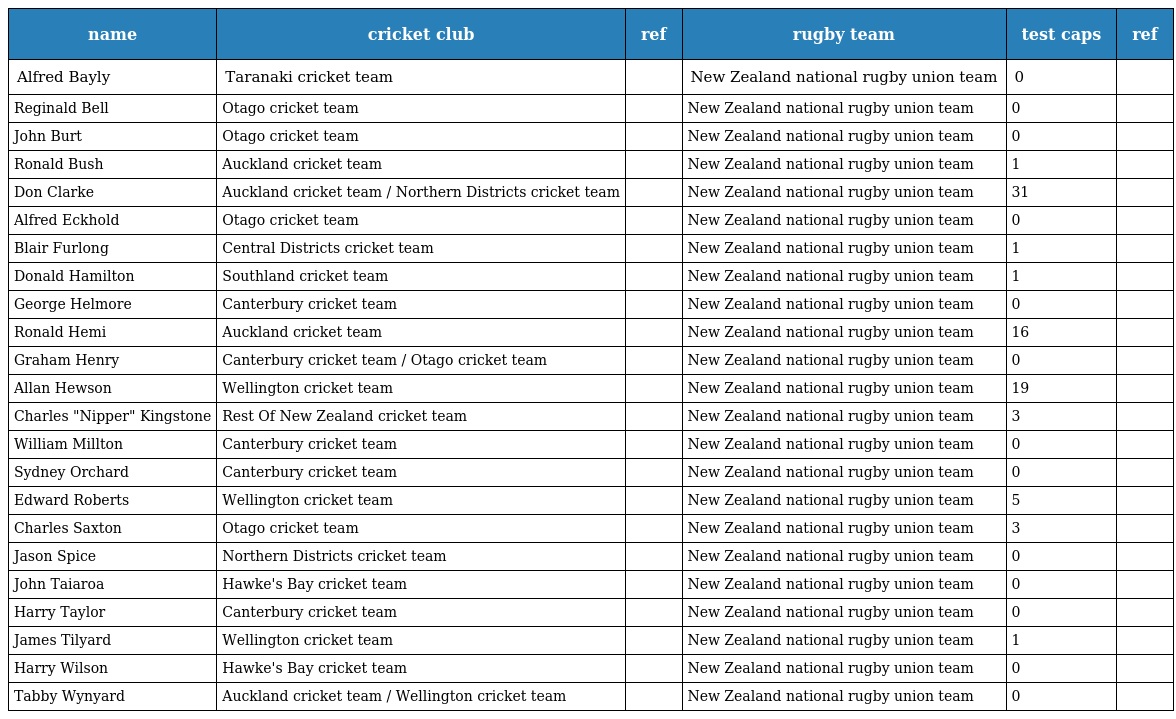
| name | cricket club | ref | rugby team | test caps | ref |
 | --- | --- | --- | --- | --- | --- |
 | Alfred Bayly | Taranaki cricket team |  | New Zealand national rugby union team | 0 |  |
 | Reginald Bell | Otago cricket team |  | New Zealand national rugby union team | 0 |  |
 | John Burt | Otago cricket team |  | New Zealand national rugby union team | 0 |  |
 | Ronald Bush | Auckland cricket team |  | New Zealand national rugby union team | 1 |  |
 | Don Clarke | Auckland cricket team / Northern Districts cricket team |  | New Zealand national rugby union team | 31 |  |
 | Alfred Eckhold | Otago cricket team |  | New Zealand national rugby union team | 0 |  |
 | Blair Furlong | Central Districts cricket team |  | New Zealand national rugby union team | 1 |  |
 | Donald Hamilton | Southland cricket team |  | New Zealand national rugby union team | 1 |  |
 | George Helmore | Canterbury cricket team |  | New Zealand national rugby union team | 0 |  |
 | Ronald Hemi | Auckland cricket team |  | New Zealand national rugby union team | 16 |  |
 | Graham Henry | Canterbury cricket team / Otago cricket team |  | New Zealand national rugby union team | 0 |  |
 | Allan Hewson | Wellington cricket team |  | New Zealand national rugby union team | 19 |  |
 | Charles "Nipper" Kingstone | Rest Of New Zealand cricket team |  | New Zealand national rugby union team | 3 |  |
 | William Millton | Canterbury cricket team |  | New Zealand national rugby union team | 0 |  |
 | Sydney Orchard | Canterbury cricket team |  | New Zealand national rugby union team | 0 |  |
 | Edward Roberts | Wellington cricket team |  | New Zealand national rugby union team | 5 |  |
 | Charles Saxton | Otago cricket team |  | New Zealand national rugby union team | 3 |  |
 | Jason Spice | Northern Districts cricket team |  | New Zealand national rugby union team | 0 |  |
 | John Taiaroa | Hawke's Bay cricket team |  | New Zealand national rugby union team | 0 |  |
 | Harry Taylor | Canterbury cricket team |  | New Zealand national rugby union team | 0 |  |
 | James Tilyard | Wellington cricket team |  | New Zealand national rugby union team | 1 |  |
 | Harry Wilson | Hawke's Bay cricket team |  | New Zealand national rugby union team | 0 |  |
 | Tabby Wynyard | Auckland cricket team / Wellington cricket team |  | New Zealand national rugby union team | 0 |  |